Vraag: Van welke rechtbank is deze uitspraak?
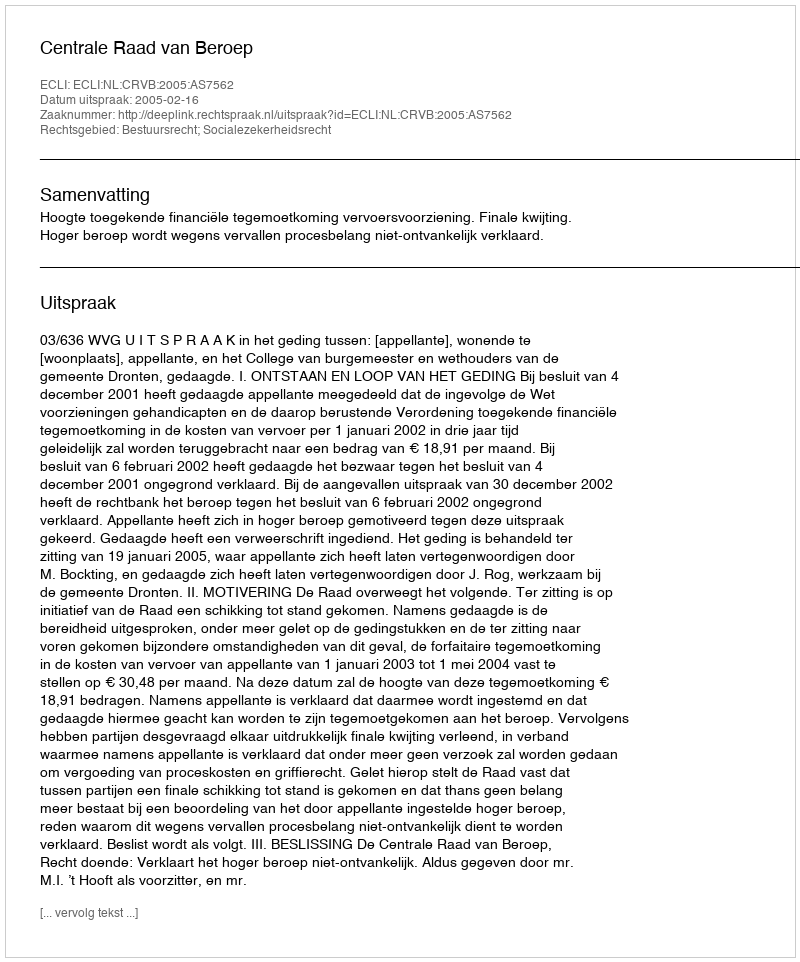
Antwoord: Centrale Raad van Beroep